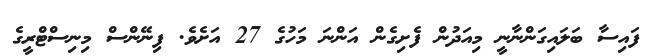
ފައިސާ ބަލައިގަންނާނީ މިއަދުން ފެށިގެން އަންނަ މަހުގެ 27 އަށެވެ. ފިނޭންސް މިނިސްޓްރީގެ